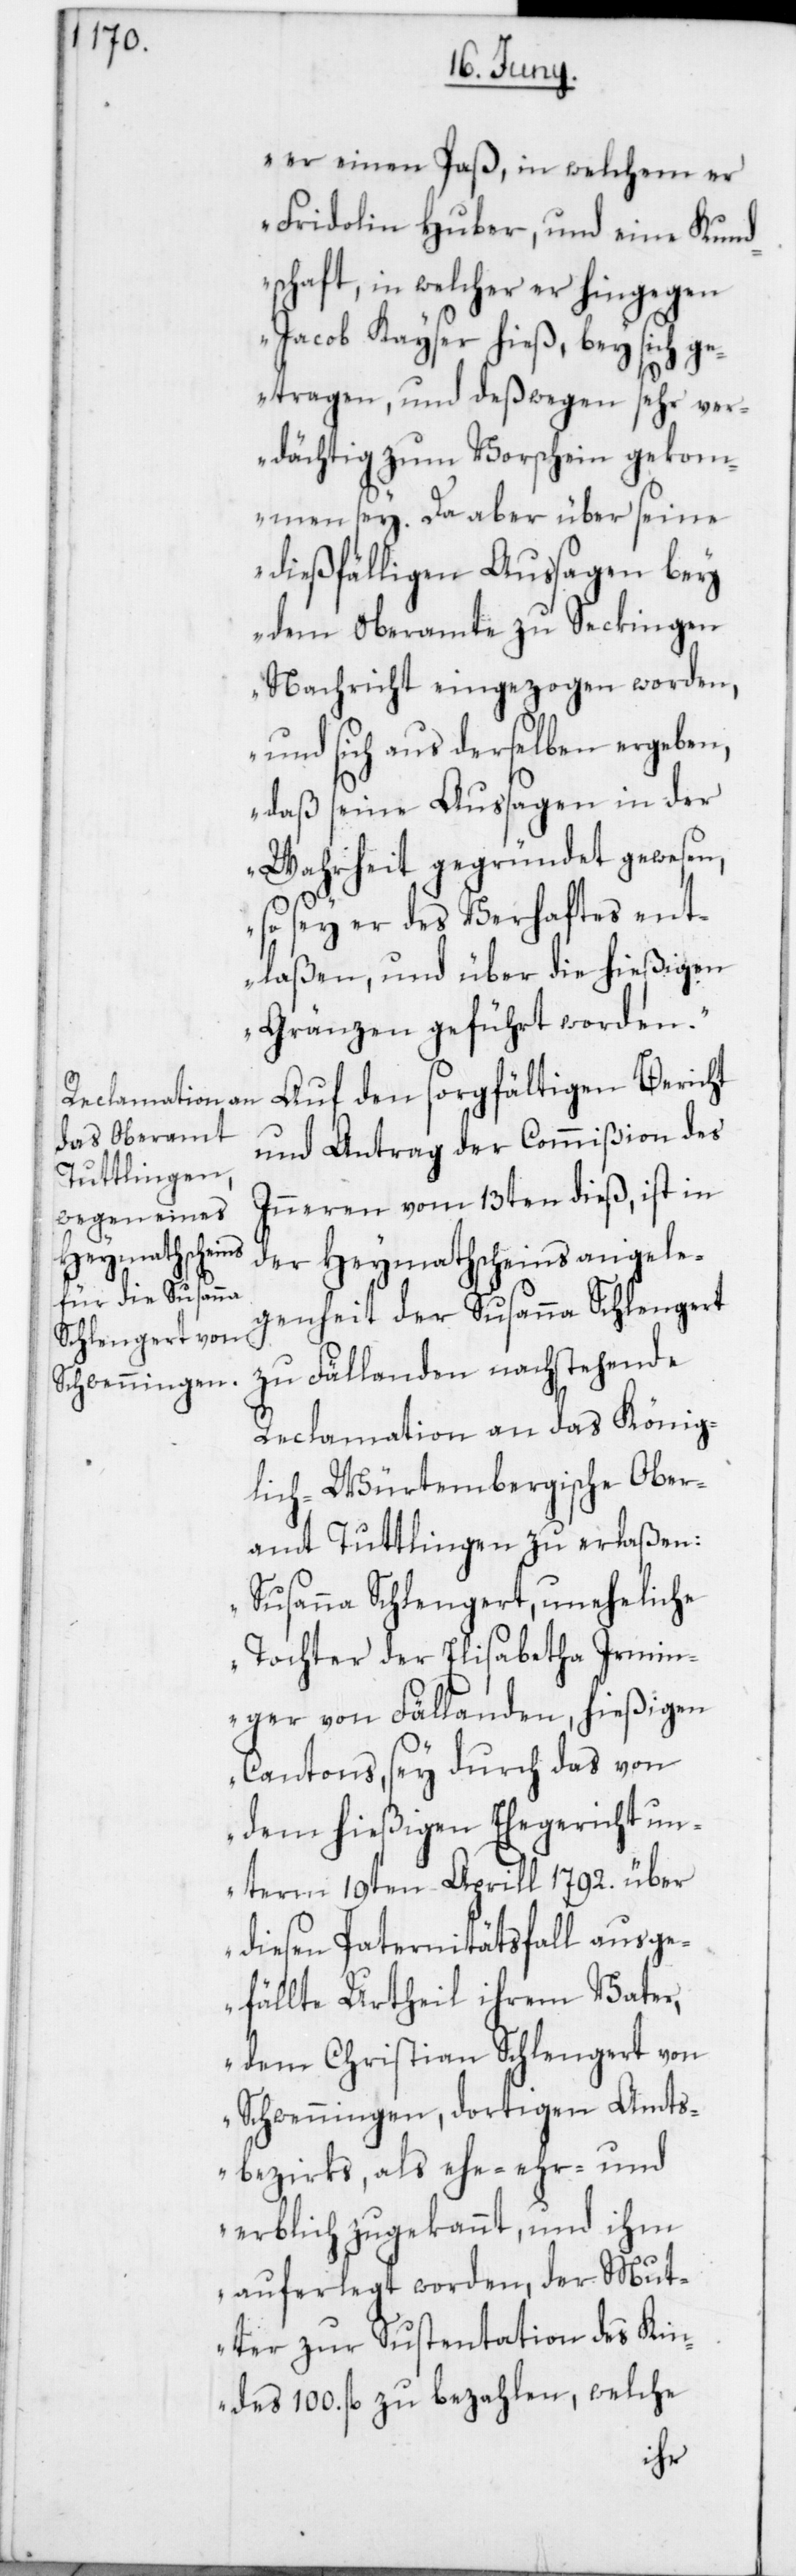
er einen Paß, in welchem er
Fridolin Huber und eine Kund¬
schaft, in welcher er hingegen
Jacob Kayser hieß, bey sich g¬
etragen, und deßwegen sehr ver¬
dächtig zum Vorschein geko¬
mmen sey. Da aber über seine
dießfälligen Aussagen bey
dem Oberamte zu Seckingen
Nachricht eingezogen worden,
und sich aus derselben ergeben,
daß seine Aussagen in der
Wahrheit gegründet gewesen,
so sey er des Verhaftes ent¬
laßen, und über die hießigen
Gränzen geführt worden.“
Auf den sorgfältigen Bericht
und Antrag der Commißion des
Inneren vom 13ten dieß, ist in
der Heymathscheinsangele¬
genheit der Susanna Schlengert
zu Fällanden nachstehende
Reclamation an das König¬
lich-Würtembergische Ober¬
amt Tuttlingen zu erlaßen:
„Susanna Schlengert, uneheliche
Tochter der Elisabetha Irmin¬
ger von Fällanden, hießigen
Cantons, sey durch das von
dem hießigen Ehegericht un¬
term 19ten Aprill 1792. über
diesen Paternitätsfall ausge¬
fällte Urtheil ihrem Vater,
dem Christian Schlengert von
Schwenningen, dortigen Amts¬
bezirks, als ehe-, ehr- und
erblich zugekannt, und ihm
auferlegt worden, der Mut¬
ter zur Sustentation des Kin¬
des 100. fl. zu bezahlen, welche